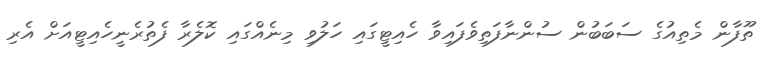
ތޫފާން މެތިއުގެ ސަބަބުން ސުންނާފަތިވެފައިވާ ހެއިޓީގައި ހަލުވި މިނެއްގައި ކޮލެރާ ފެތުރެނީހެއިޓީއަށް އެރި